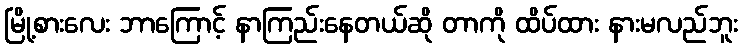
မြို့စားလေး ဘာကြောင့် နာကြည်းနေတယ်ဆို တာကို ထိပ်ထား နားမလည်ဘူး